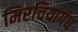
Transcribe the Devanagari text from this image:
मिरचियागंध